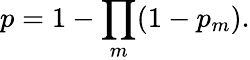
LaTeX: p=1-\prod_{m}(1-p_{m}).